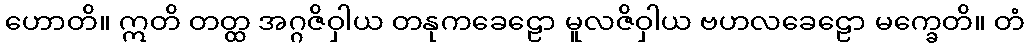
ဟောတိ။ ဣတိ တတ္ထ အဂ္ဂဇိဝှါယ တနုကခေဠော မူလဇိဝှါယ ဗဟလခေဠော မက္ခေတိ။ တံ